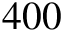
4 0 0